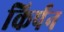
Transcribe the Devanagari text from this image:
किर्पन